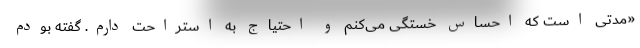
«‌مدتی است که احساس خستگی می‌کنم و احتیاج به استراحت دارم. گفته بودم